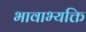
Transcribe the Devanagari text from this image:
भावाभ्यक्ति